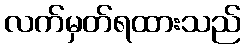
လက်မှတ်ရထားသည်